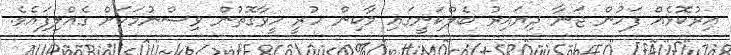
އިރުކޮޅެއް ފަހުން ޖަނާ ދިޔައިރު ބެލްކަނީގައި މާކިން ހުރީ ހީވާގޮތުން ވިސްނުމަކަށް ގެއްލިފައެވެ.